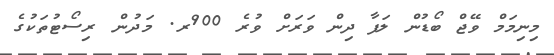
މިނިމަމް ވޭޖް ބޯޑުން ލަފާ ދިން ވަރަށް ވުރެ 900ރ. މަދުން ރިސޯޓުތަކުގެ